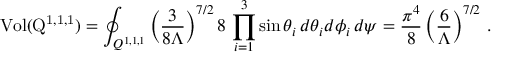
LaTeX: \mathrm { V o l ( Q ^ { 1 , 1 , 1 } ) } = \oint _ { Q ^ { 1 , 1 , 1 } } \left( \frac { 3 } { 8 \Lambda } \right) ^ { 7 / 2 } 8 \, \prod _ { i = 1 } ^ { 3 } \sin \theta _ { i } \, d \theta _ { i } d \phi _ { i } \, d \psi = \frac { \pi ^ { 4 } } { 8 } \left( \frac { 6 } { \Lambda } \right) ^ { 7 / 2 } \, .